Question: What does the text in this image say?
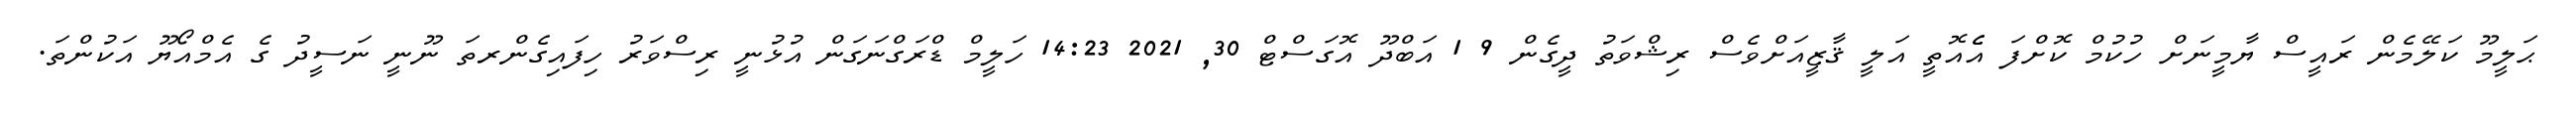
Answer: ޙަލީމޫ ކަލޭމެން ރައީސް ޔާމީނަށް ހުކުމް ކޮށްފަ އެެއޮތީ އަލީ ޤާޒީއަށްވެސް ރިޝްވަތު ދީގެން 9 1 އަބްދޫ އޮގަސްޓް 30, 2021 14:23 ހަލީމް ޑްރަގްނަގަން އުޅުނީ ރިސްވަރު ހިފައިގެންރތަ ނޫނީ ނަސީދު ގެ އެމްއޯޔޫ އަކުންތަ.